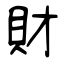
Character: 財